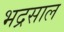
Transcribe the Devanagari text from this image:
भद्रसाल